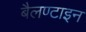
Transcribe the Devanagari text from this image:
बैलण्टाइन